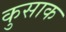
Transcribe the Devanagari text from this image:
कुसाक